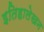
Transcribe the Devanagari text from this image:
इतिहालेखन